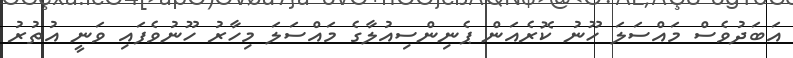
އަބަދުވެސް މައްސަލަ ހޫނު ކޮރެއަން ޕެނިންސިއުލާގެ މައްސަލަ މިހާރު ހޫނުވެފައި ވަނީ އުތުރު